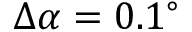
\Delta \alpha = 0 . 1 ^ { \circ }